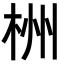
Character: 栦